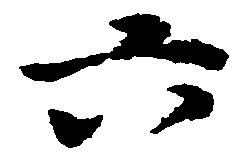
六